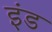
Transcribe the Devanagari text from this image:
इंड